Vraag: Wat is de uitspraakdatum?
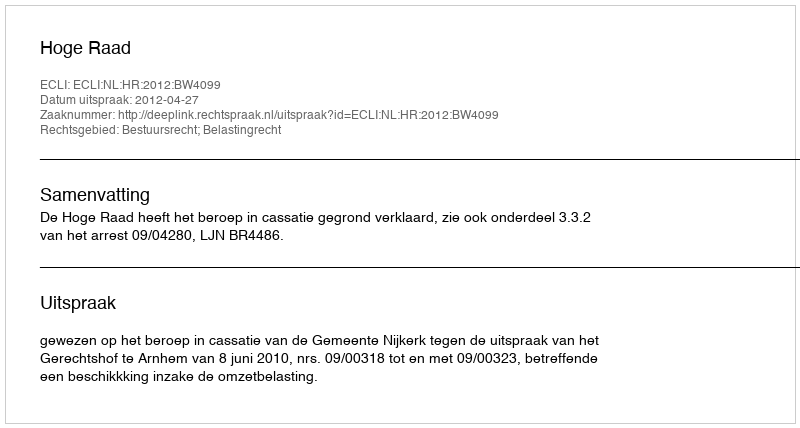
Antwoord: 2012-04-27